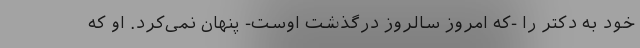
خود به دکتر را -که امروز سالروز درگذشت اوست- پنهان نمی‌کرد. او که